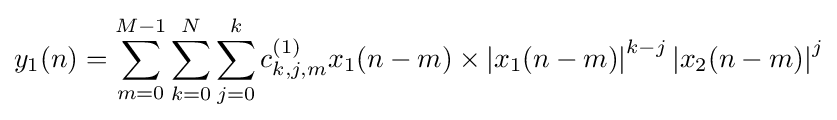
y_{1}(n)=\sum _{m=0}^{M-1}\sum _{k=0}^{N}\sum _{j=0}^{k}c_{k,j,m}^{(1)}x_{1}(n-m)\times \left\vert {x_{1}(n-m)}\right\vert ^{k-j}\left\vert {x_{2}(n-m)}\right\vert ^{j}